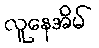
လူနေအိမ်